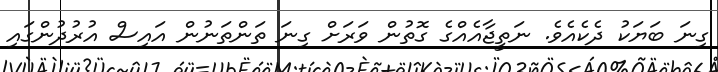
ގިނަ ބަޔަކު ދެކެއެވެ. ނަތީޖާއެއްގެ ގޮތުން ވަރަށް ގިނަ ތަންތަނުން އައިސް އުރުދުންގައި